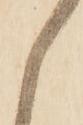
候